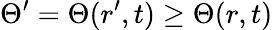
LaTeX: \Theta^{\prime}=\Theta(r^{\prime},t)\ge\Theta(r,t)